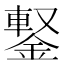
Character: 𨩕